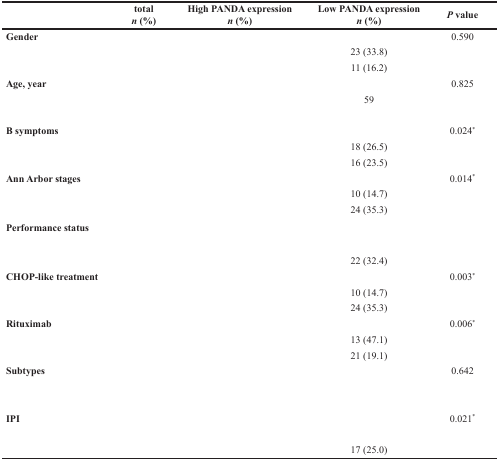
<table><thead><tr><td>[EMPTY_CELL]</td><td>[EMPTY_CELL]</td><td><b>total <i>n</i>(%)</b></td><td><b>High PANDA expression <i>n</i> (%)</b></td><td><b>Low PANDA expression <i>n</i> (%)</b></td><td><b><i>P</i> value</b></td></tr></thead><tbody><tr><td><b>Gender</b></td><td>[EMPTY_CELL]</td><td>[EMPTY_CELL]</td><td>[EMPTY_CELL]</td><td>[EMPTY_CELL]</td><td>0.590</td></tr><tr><td>[EMPTY_CELL]</td><td>[EMPTY_CELL]</td><td>[EMPTY_CELL]</td><td>[EMPTY_CELL]</td><td>23 (33.8)</td><td>[EMPTY_CELL]</td></tr><tr><td>[EMPTY_CELL]</td><td>[EMPTY_CELL]</td><td>[EMPTY_CELL]</td><td>[EMPTY_CELL]</td><td>11 (16.2)</td><td>[EMPTY_CELL]</td></tr><tr><td><b>Age, year</b></td><td>[EMPTY_CELL]</td><td>[EMPTY_CELL]</td><td>[EMPTY_CELL]</td><td>[EMPTY_CELL]</td><td>0.825</td></tr><tr><td>[EMPTY_CELL]</td><td>[EMPTY_CELL]</td><td>[EMPTY_CELL]</td><td>[EMPTY_CELL]</td><td>59</td><td>[EMPTY_CELL]</td></tr><tr><td>[EMPTY_CELL]</td><td>[EMPTY_CELL]</td><td>[EMPTY_CELL]</td><td>[EMPTY_CELL]</td><td>[EMPTY_CELL]</td><td>[EMPTY_CELL]</td></tr><tr><td><b>B symptoms</b></td><td>[EMPTY_CELL]</td><td>[EMPTY_CELL]</td><td>[EMPTY_CELL]</td><td>[EMPTY_CELL]</td><td>0.024<sup>*</sup></td></tr><tr><td>[EMPTY_CELL]</td><td>[EMPTY_CELL]</td><td>[EMPTY_CELL]</td><td>[EMPTY_CELL]</td><td>18 (26.5)</td><td>[EMPTY_CELL]</td></tr><tr><td>[EMPTY_CELL]</td><td>[EMPTY_CELL]</td><td>[EMPTY_CELL]</td><td>[EMPTY_CELL]</td><td>16 (23.5)</td><td>[EMPTY_CELL]</td></tr><tr><td colspan="2"><b>Ann Arbor stages</b></td><td>[EMPTY_CELL]</td><td>[EMPTY_CELL]</td><td>[EMPTY_CELL]</td><td>0.014<sup>*</sup></td></tr><tr><td>[EMPTY_CELL]</td><td>[EMPTY_CELL]</td><td>[EMPTY_CELL]</td><td>[EMPTY_CELL]</td><td>10 (14.7)</td><td>[EMPTY_CELL]</td></tr><tr><td>[EMPTY_CELL]</td><td>[EMPTY_CELL]</td><td>[EMPTY_CELL]</td><td>[EMPTY_CELL]</td><td>24 (35.3)</td><td>[EMPTY_CELL]</td></tr><tr><td colspan="2"><b>Performance status</b></td><td>[EMPTY_CELL]</td><td>[EMPTY_CELL]</td><td>[EMPTY_CELL]</td><td>[EMPTY_CELL]</td></tr><tr><td>[EMPTY_CELL]</td><td>[EMPTY_CELL]</td><td>[EMPTY_CELL]</td><td>[EMPTY_CELL]</td><td>[EMPTY_CELL]</td><td>[EMPTY_CELL]</td></tr><tr><td>[EMPTY_CELL]</td><td>[EMPTY_CELL]</td><td>[EMPTY_CELL]</td><td>[EMPTY_CELL]</td><td>22 (32.4)</td><td>[EMPTY_CELL]</td></tr><tr><td colspan="2"><b>CHOP-like treatment</b></td><td>[EMPTY_CELL]</td><td>[EMPTY_CELL]</td><td>[EMPTY_CELL]</td><td>0.003<sup>*</sup></td></tr><tr><td>[EMPTY_CELL]</td><td>[EMPTY_CELL]</td><td>[EMPTY_CELL]</td><td>[EMPTY_CELL]</td><td>10 (14.7)</td><td>[EMPTY_CELL]</td></tr><tr><td>[EMPTY_CELL]</td><td>[EMPTY_CELL]</td><td>[EMPTY_CELL]</td><td>[EMPTY_CELL]</td><td>24 (35.3)</td><td>[EMPTY_CELL]</td></tr><tr><td><b>Rituximab</b></td><td>[EMPTY_CELL]</td><td>[EMPTY_CELL]</td><td>[EMPTY_CELL]</td><td>[EMPTY_CELL]</td><td>0.006<sup>*</sup></td></tr><tr><td>[EMPTY_CELL]</td><td>[EMPTY_CELL]</td><td>[EMPTY_CELL]</td><td>[EMPTY_CELL]</td><td>13 (47.1)</td><td>[EMPTY_CELL]</td></tr><tr><td>[EMPTY_CELL]</td><td>[EMPTY_CELL]</td><td>[EMPTY_CELL]</td><td>[EMPTY_CELL]</td><td>21 (19.1)</td><td>[EMPTY_CELL]</td></tr><tr><td><b>Subtypes</b></td><td>[EMPTY_CELL]</td><td>[EMPTY_CELL]</td><td>[EMPTY_CELL]</td><td>[EMPTY_CELL]</td><td>0.642</td></tr><tr><td>[EMPTY_CELL]</td><td>[EMPTY_CELL]</td><td>[EMPTY_CELL]</td><td>[EMPTY_CELL]</td><td>[EMPTY_CELL]</td><td>[EMPTY_CELL]</td></tr><tr><td>[EMPTY_CELL]</td><td>[EMPTY_CELL]</td><td>[EMPTY_CELL]</td><td>[EMPTY_CELL]</td><td>[EMPTY_CELL]</td><td>[EMPTY_CELL]</td></tr><tr><td><b>IPI</b></td><td>[EMPTY_CELL]</td><td>[EMPTY_CELL]</td><td>[EMPTY_CELL]</td><td>[EMPTY_CELL]</td><td>0.021<sup>*</sup></td></tr><tr><td>[EMPTY_CELL]</td><td>[EMPTY_CELL]</td><td>[EMPTY_CELL]</td><td>[EMPTY_CELL]</td><td>[EMPTY_CELL]</td><td>[EMPTY_CELL]</td></tr><tr><td>[EMPTY_CELL]</td><td>[EMPTY_CELL]</td><td>[EMPTY_CELL]</td><td>[EMPTY_CELL]</td><td>17 (25.0)</td><td>[EMPTY_CELL]</td></tr></tbody></table>